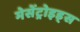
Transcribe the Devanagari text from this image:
मेसेंट्रोइड्स